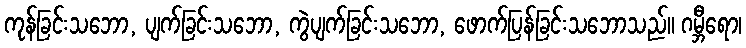
ကုန်ခြင်းသဘော, ပျက်ခြင်းသဘော, ကွဲပျက်ခြင်းသဘော, ဖောက်ပြန်ခြင်းသဘောသည်။ ဂမ္ဘီရော၊